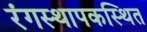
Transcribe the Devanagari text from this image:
रंगस्थापकस्थित